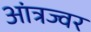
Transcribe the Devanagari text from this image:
आंत्रज्वर